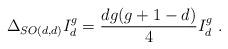
LaTeX: \begin{align*} \Delta_{SO(d,d)} I_d^g = \frac{d g(g+1-d)}{4} I_d^g\ .\end{align*}